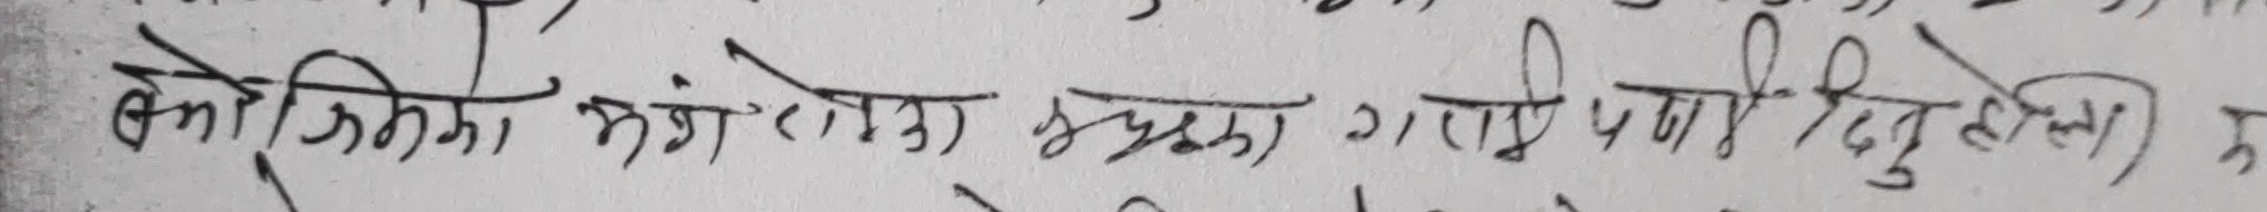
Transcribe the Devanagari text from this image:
कोशिका भंगेराहरू सुस्त गरी पानी दिनु होला) र